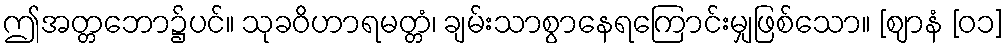
ဤအတ္တဘော၌ပင်။ သုခဝိဟာရမတ္တံ၊ ချမ်းသာစွာနေရကြောင်းမျှဖြစ်သော။ [ဈာနံ [၀၁]